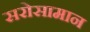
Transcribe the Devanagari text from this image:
सरोसामान